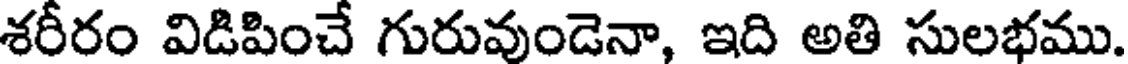
శరీరం విడిపించే గురువుండెనా, ఇది అతి సులభము